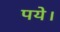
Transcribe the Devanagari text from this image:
पये।